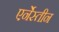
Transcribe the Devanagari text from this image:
एर्नेस्तीन